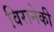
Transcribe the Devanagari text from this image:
विरानेकी